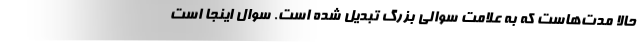
حالا مدت‌هاست که به علامت سوالی بزرگ تبدیل شده است. سوال اینجا است